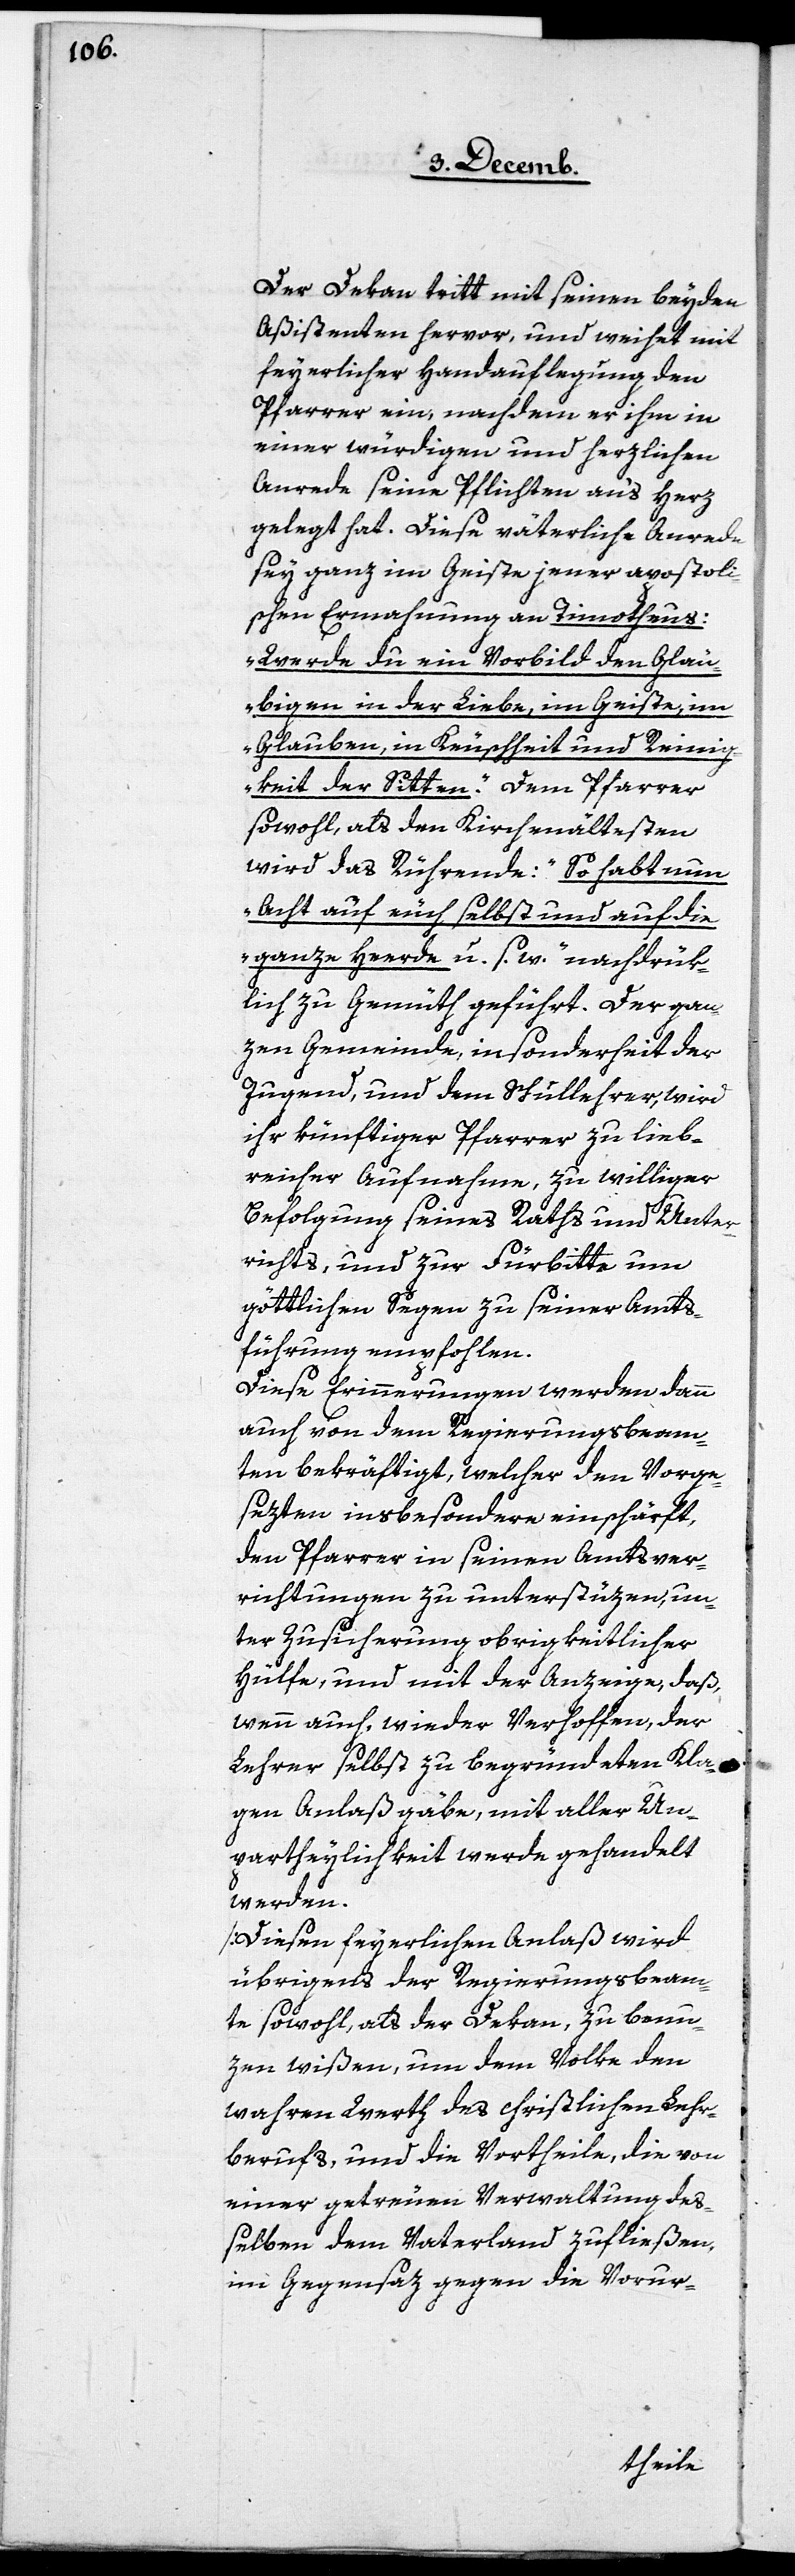
Der Dekan tritt mit seinen beyden
Aßistenten hervor, und weihet mit
feyerlicher Handauflegung den
Pfarrer ein, nachdem er ihm in
einer würdigen und herzlichen
Anrede seine Pflichten an‘s Herz
gelegt hat. Diese väterliche Anrede
sey ganz im Geiste jener apostoli¬
schen Ermahnung an Timotheus:
„Werde du ein Vorbild den Gläu¬
bigen in der Liebe, im Geiste, im
Glauben, in Keuschheit und Reinig¬
keit der Sitten.“ Dem Pfarrer
sowohl, als den Kirchenältesten
wird das Rührende: „So habt nun
Acht auf euch selbst und auf die
ganze Herde u. s. w.“ nachdrük¬
lich zu Gemüth geführt. Der gan¬
zen Gemeinde, insonderheit der
Jugend, und dem Schullehrer, wird
ihr künftiger Pfarrer zu lieb¬
reicher Aufnahme, zu williger
Befolgung seines Raths und Unter¬
richts, und zur Fürbitte um
göttlichen Segen zu seiner Amts¬
führung empfohlen.
Diese Erinnerungen werden dann
auch von dem Regierungsbeam¬
ten bekräftigt, welcher den Vorge¬
sezten insbesondere einschärft,
den Pfarrer in seinen Amtsver¬
richtungen zu unterstüzen, un¬
ter Zusicherung obrigkeitlicher
Hülfe, und mit der Anzeige, daß,
wenn auch, wieder Verhoffen, der
Lehrer selbst zu begründeten Kla¬
gen Anlaß gäbe, mit aller Un¬
partheylichkeit werde gehandelt
werden.
[Diesen feyerlichen Anlaß wird
übrigens der Regierungsbeam¬
te sowohl, als der Dekan, zu benu¬
zen wißen, um dem Volke den
wahren Werth des christlichen Lehr¬
berufs, und die Vortheile, die von
einer getreuen Verwaltung de¬
ßelben dem Vaterland zufließen,
im Gegensaz gegen die Vorur-